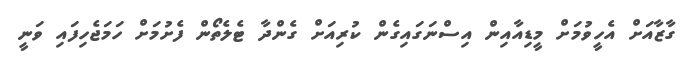
ގާޒާއަށް އެހީވުމަށް މީޑިއާއިން އިސްނަގައިގެން ކުރިއަށް ގެންދާ ޓެލެތޯން ފެށުމަށް ހަމަޖެހިފައި ވަނީ